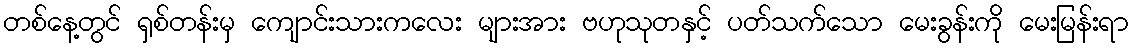
တစ်နေ့တွင် ရှစ်တန်းမှ ကျောင်းသားကလေး များအား ဗဟုသုတနှင့် ပတ်သက်သော မေးခွန်းကို မေးမြန်းရာ